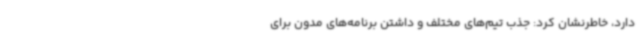
دارد، خاطرنشان کرد: جذب تیم‌های مختلف و داشتن برنامه‌های مدون برای